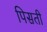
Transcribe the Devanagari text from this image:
पिसती